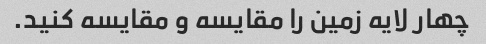
چهار لایه زمین را مقایسه و مقایسه کنید.